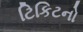
ટિકિટનો